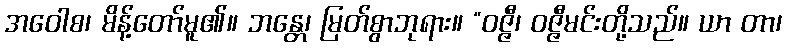
အဝေါစ၊ မိန့်တော်မူ၏။ ဘန္တေ၊ မြတ်စွာဘုရား။ “ဝဇ္ဇီ၊ ဝဇ္ဇီမင်းတို့သည်။ ယာ တာ၊